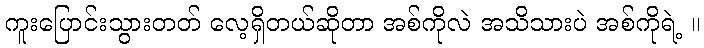
ကူးပြောင်းသွားတတ် လေ့ရှိတယ်ဆိုတာ အစ်ကိုလဲ အသိသားပဲ အစ်ကိုရဲ့ ။